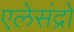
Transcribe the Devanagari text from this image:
एलेसंद्रो